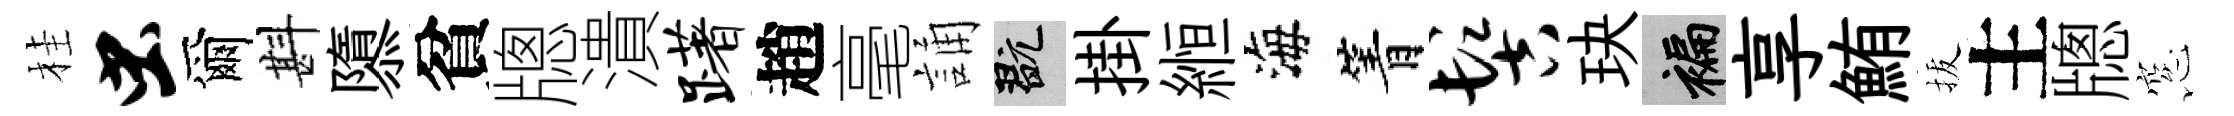
桂虫爾斟隳貧牕潰躇趙毫誦玩掛縆海箐髻玦褊享鮪拔主牕窓